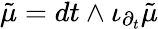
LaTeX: {\tilde{\mu}}=dt\wedge\iota_{\partial_{t}}{\tilde{\mu}}